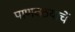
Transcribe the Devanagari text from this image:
पाणवठयाचें